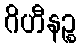
ဂိဟီနဉ္စ